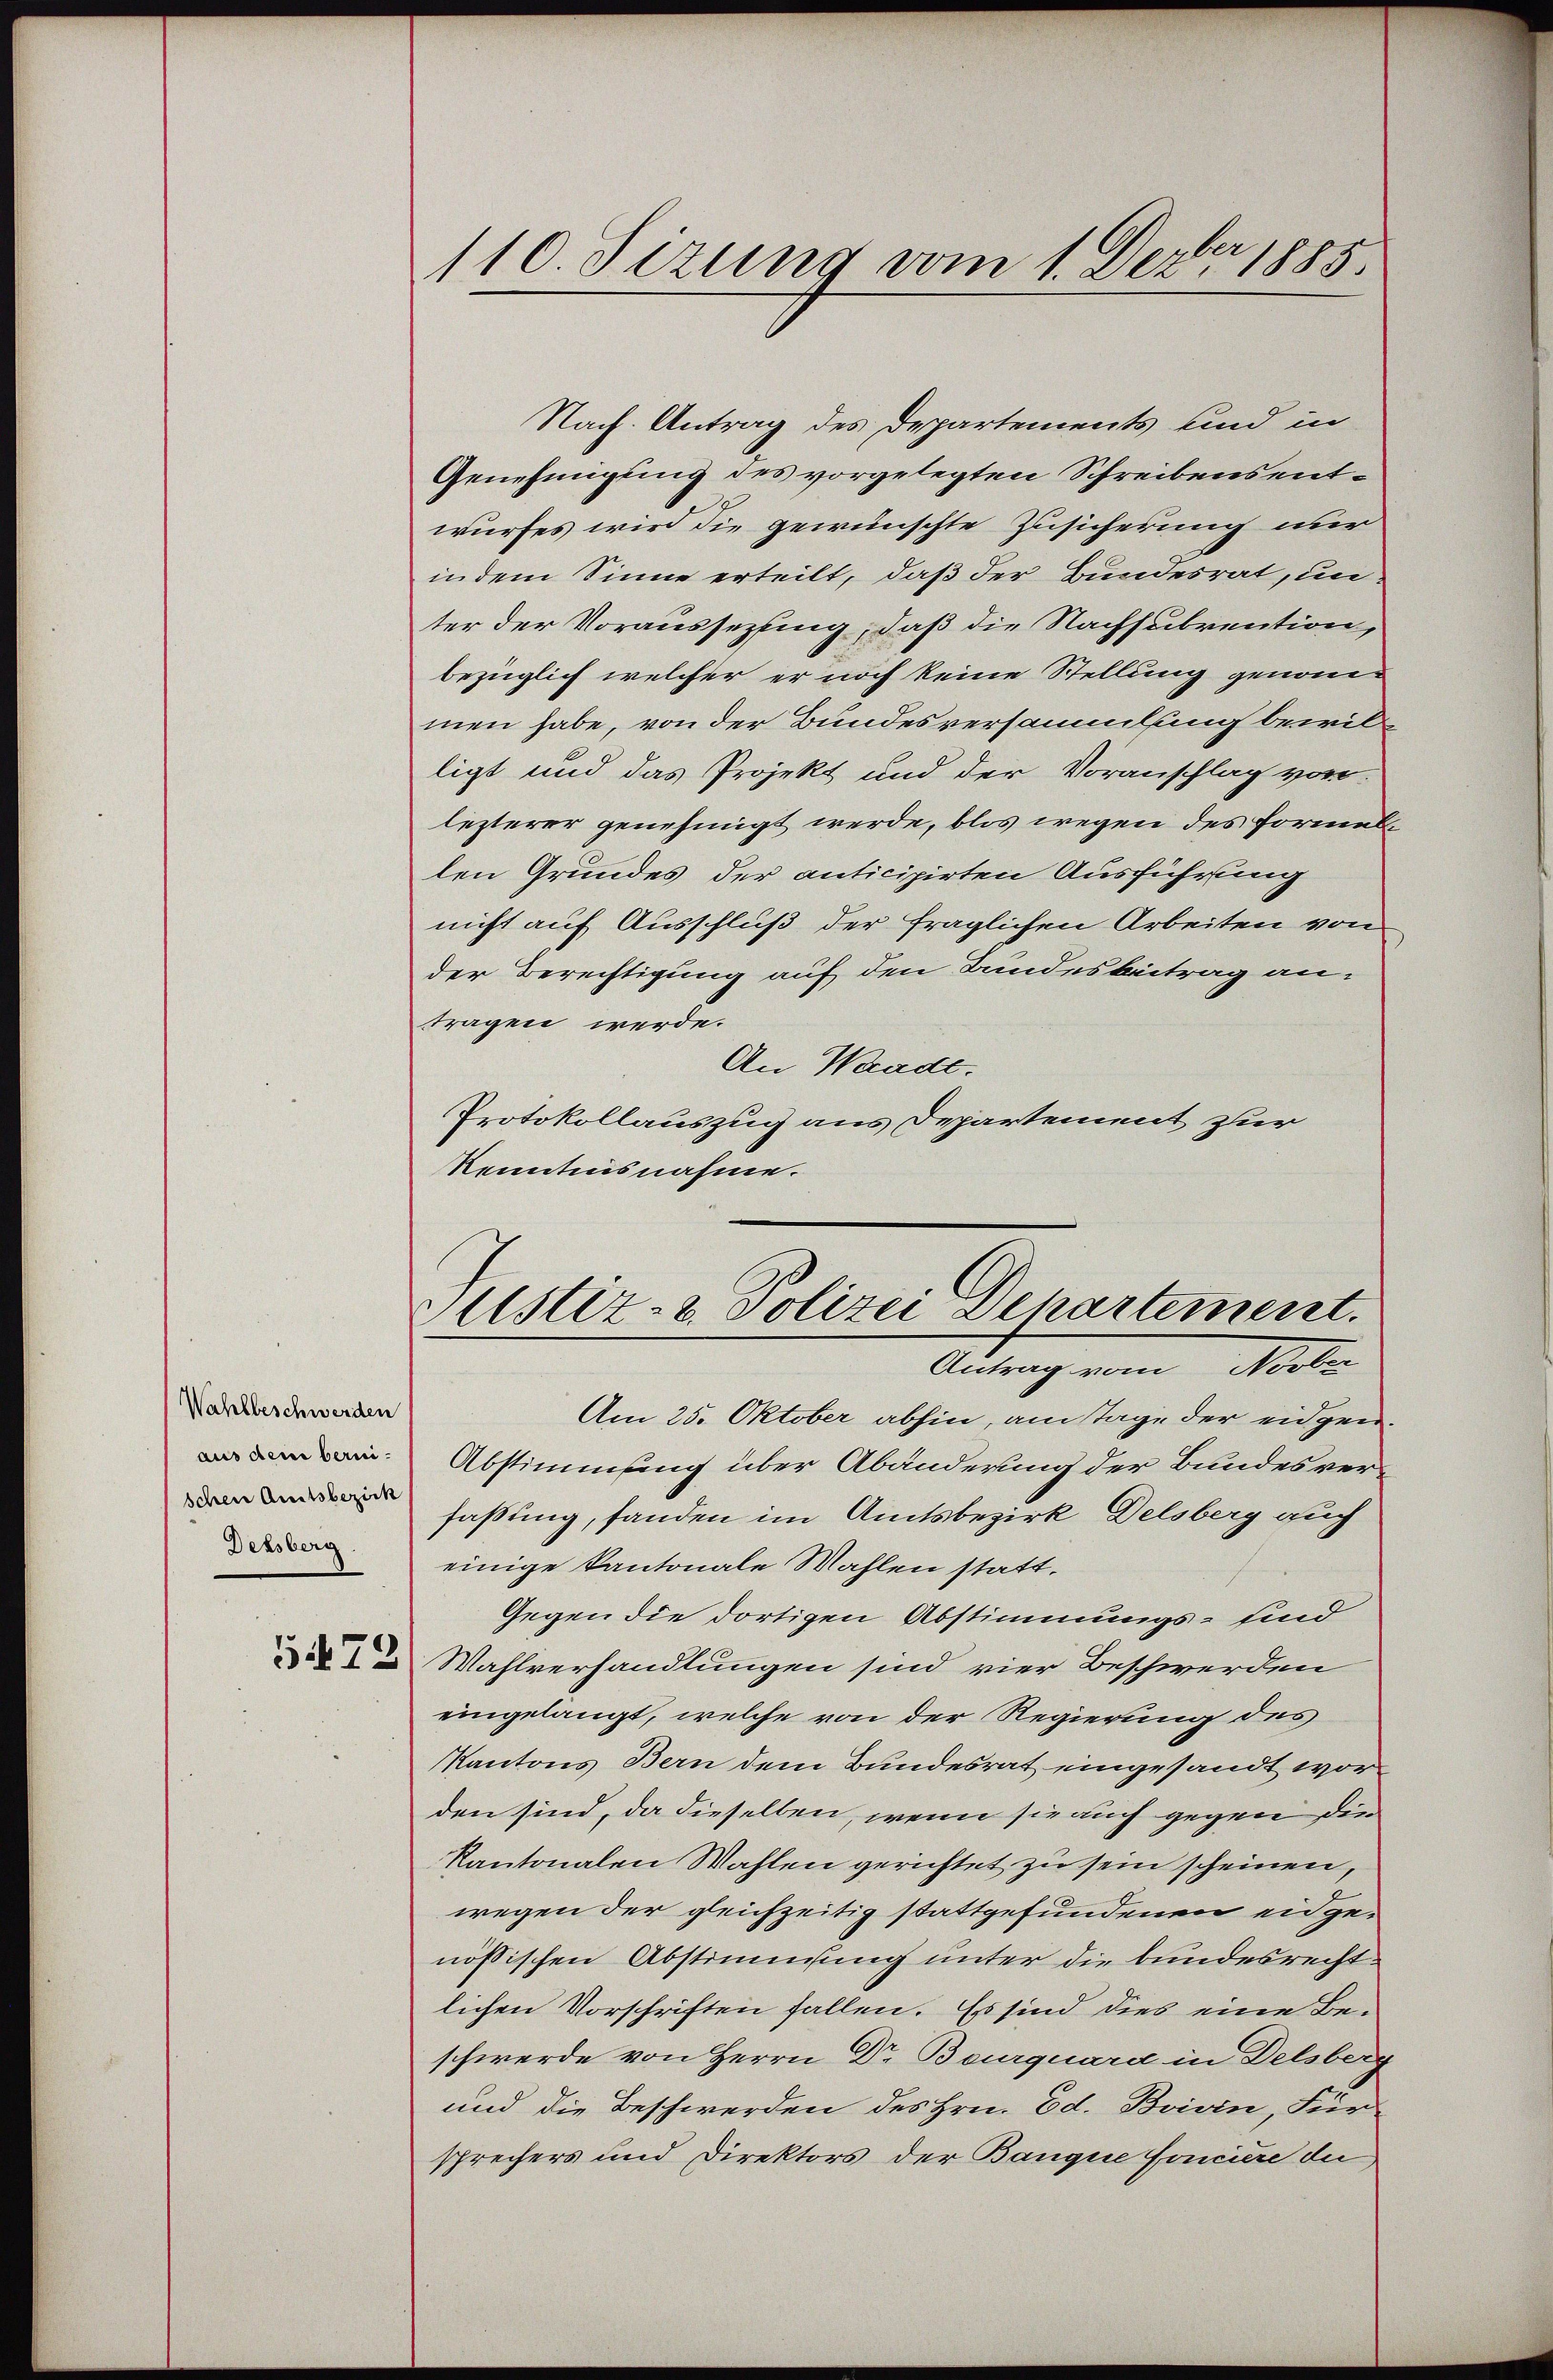
Wahlbeschwerden
aus dem bernischen Amtsbezirk
Dessberg.

5472

110. Sizung vom 1. Dezbr 1885.

Nach Antrag des Departements und in
Genehmigung des vorgelegten Schreibens entwurfes wird die gewünschte Zusicherung nur
in dem Sinne erteilt, daß der Bundesrat, unter der Voraussezung, daß die Nachsubvention,
bezüglich welcher er noch keine Stellung genommen habe, von der Bundesversammlung bewilligt und das Projekt und der Voranschlag vor
lezterer genehmigt werde, blos wegen des formellen Grundes der anticipirten Ausführung
nicht auf Ausschluß der fraglichen Arbeiten von
der Berechtigung auf den Bundesbeitrag an:
tragen werde.
An Waadt.
Protokollauszug aus Departement zur
Kenntnisnahme.

Justiz- & Polizei Departement.
Antrag vom Novber

Am 25. Oktober abhin, am Tage der eidgen.
Abstimmung über Abänderung der Bundesverfassung, fanden im Amtsbezirk Delsberg auch
einige Kantonale Mahlen statt.
Gegen die dortigen Abstimmungs- sind
Wahlverhandlungen sind vier Beschwerden
eingelangt, welche von der Regierung des
Kantons Bern dem Bundesrat eingesandt worden sind, da dieselben, wenn sie auch gegen die
Kantonalen Wahlen gerichtet zu sein scheinen,
wegen der gleichzeitig stattgefundenen eidgenössischen Abstimmung unter die bundesrechtlichen Vorschriften fallen. Es sind dies eine Be-
schwerde von Herrn Dr Bourquard in Delsberg
und die Beschwerden des Hrn. Ed. Boivin, Für
sprechers und Direktors der Banque fonciere de